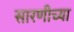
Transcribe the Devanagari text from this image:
सारणीच्या